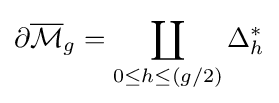
\partial {\overline {\mathcal {M}}}_{g}=\coprod _{0\leq h\leq (g/2)}\Delta _{h}^{*}